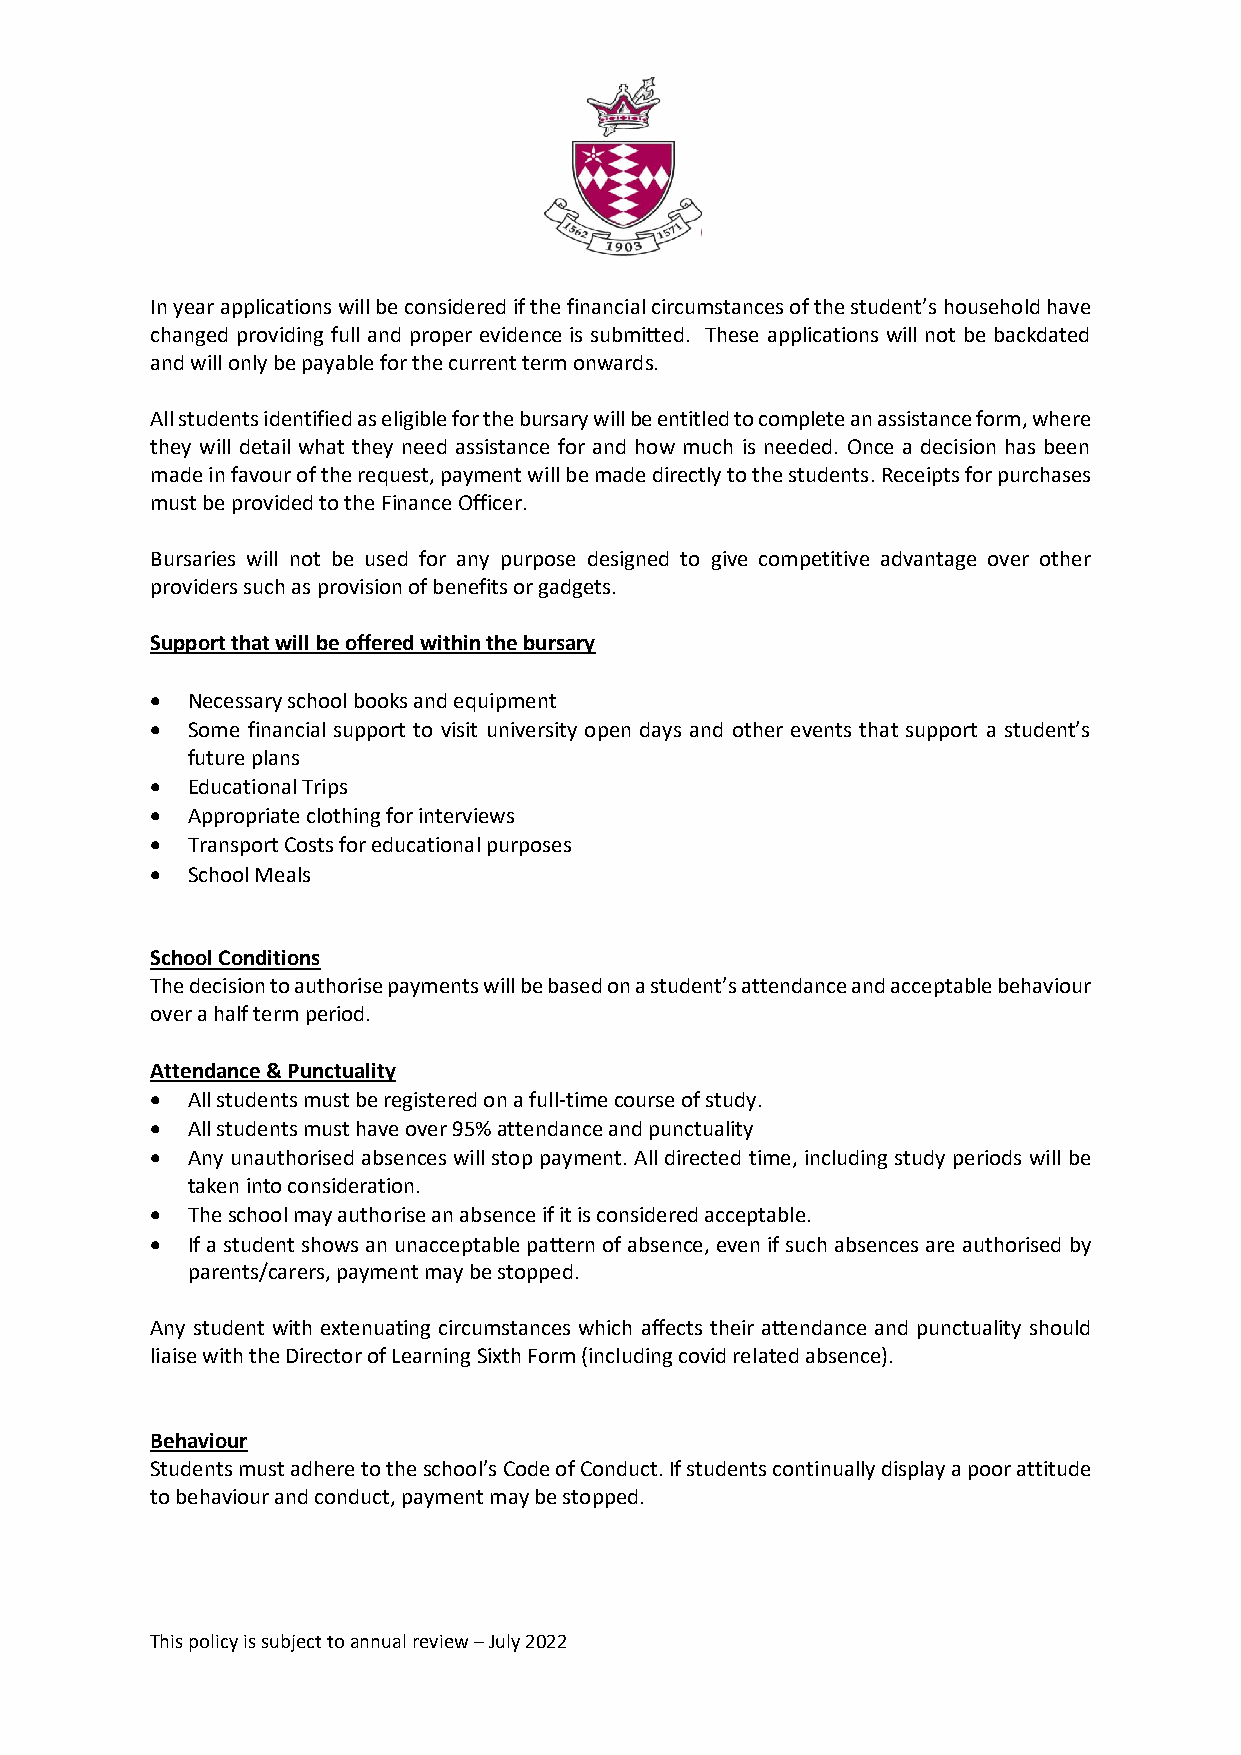
In year applications will be considered if the financial circumstances of the student’s household have
 changed providing full and proper evidence is submitted. These applications will not be backdated
 and will only be payable for the current term onwards.
 All students identified as eligible for the bursary will be entitled to complete an assistance form, where
 they will detail what they need assistance for and how much is needed. Once a decision has been
 made in favour of the request, payment will be made directly to the students. Receipts for purchases
 must be provided to the Finance Officer.
 Bursaries will not be used for any purpose designed to give competitive advantage over other
 providers such as provision of benefits or gadgets.
 Support that will be offered within the bursary
 • Necessary school books and equipment
 • Some financial support to visit university open days and other events that support a student’s
 future plans
 • Educational Trips
 • Appropriate clothing for interviews
 • Transport Costs for educational purposes
 • School Meals
 School Conditions
 The decision to authorise payments will be based on a student’s attendance and acceptable behaviour
 over a half term period.
 Attendance & Punctuality
 • All students must be registered on a full-time course of study.
 • All students must have over 95% attendance and punctuality
 • Any unauthorised absences will stop payment. All directed time, including study periods will be
 taken into consideration.
 • The school may authorise an absence if it is considered acceptable.
 • If a student shows an unacceptable pattern of absence, even if such absences are authorised by
 parents/carers, payment may be stopped.
 Any student with extenuating circumstances which affects their attendance and punctuality should
 liaise with the Director of Learning Sixth Form (including covid related absence).
 Behaviour
 Students must adhere to the school’s Code of Conduct. If students continually display a poor attitude
 to behaviour and conduct, payment may be stopped.
 This policy is subject to annual review – July 2022